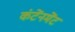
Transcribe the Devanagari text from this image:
कंटेंनमेंट